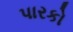
પારકો